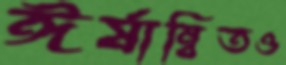
ঈর্ষান্বিতও